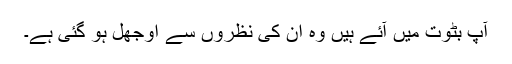
آپ بٹوت میں آئے ہیں وہ ان کی نظروں سے اوجھل ہو گئی ہے۔